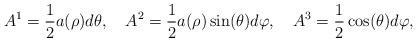
LaTeX: \begin{align*}A^1 = {1\over 2}a(\rho) d\theta,\quad A^2 = {1\over 2}a(\rho)\sin(\theta) d\varphi,\quad A^3 = {1\over 2} \cos(\theta) d\varphi,\end{align*}